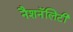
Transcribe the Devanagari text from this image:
नैशनॅलिटी